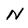
Character: N